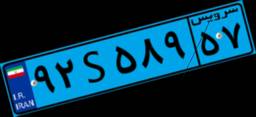
۹۲S۵۸۹۵۷